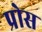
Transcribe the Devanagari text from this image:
प्रोस